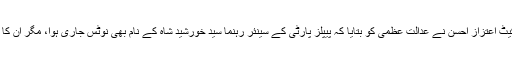
سماعت کے دوران ایڈووکیٹ اعتزاز احسن نے عدالت عظمیٰ کو بتایا کہ پیپلز پارٹی کے سینئر رہنما سید خورشید شاہ کے نام بھی نوٹس جاری ہوا، مگر ان کا اس کیس میں نام نہیں ہے۔